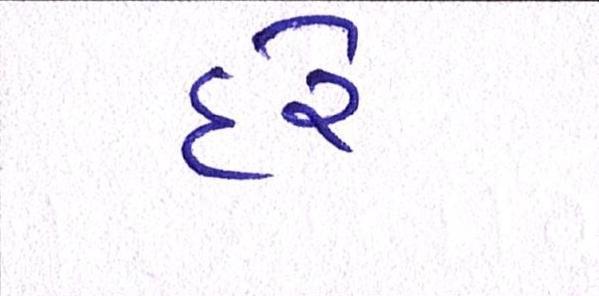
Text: દરે